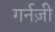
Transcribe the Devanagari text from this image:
गर्नज़ी